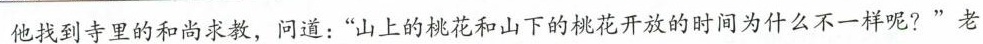
他找到寺里的和尚求教，问道：”山上的桃花和山下的桃花开放的时间为什么不一样呢?”老